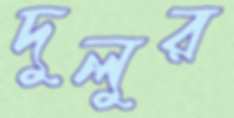
দুলুর